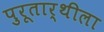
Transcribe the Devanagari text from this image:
पुरूतार्थीला